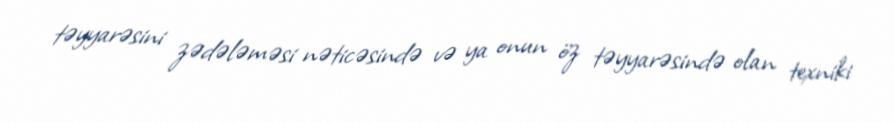
təyyarəsini zədələməsi nəticəsində və ya onun öz təyyarəsində olan texniki